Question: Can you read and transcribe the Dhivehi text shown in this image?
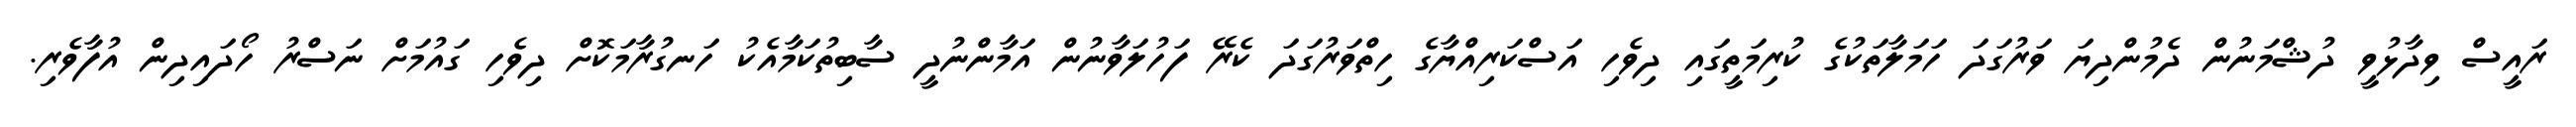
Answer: ރައީސް ވިދާޅުވީ ދުޝްމަނުން ދެމުންދިޔަ ވަރުގަދަ ހަމަލާތަކުގެ ކުރިމަތީގައި ދިވެހި އަސްކަރިއްޔާގެ ހިތްވަރުގަދަ ކެރޭ ފަހުލަވާނުން އަމާންނުދީ ސާބިތުކަމާއެކު ހަނގުރާމަކޮށް ދިވެހި ގައުމަށް ނަސްރު ހޯދައިދިން އުފާވެރި.